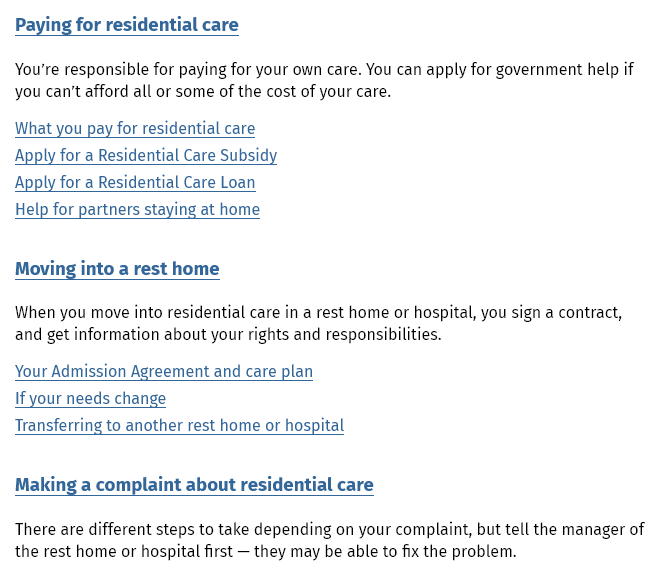
You're responsible for paying for your own care. You can apply for government help if
  you can't afford all or some of the cost of your care.
  What you pay for residential care
  Apply for a Residential Care Subsidy
  Apply for a Residential Care Loan
  Help for partners staying at home
  Moving into a rest home
  When you move into residential care in a rest home or hospital, you sign a contract,
  and get information about your rights and responsibilities.
  Your Admission Agreement and care plan
  If your needs change
  Transferring to another rest home or hospital
  Making  a complaint about residential care
  There are different steps to take depending on your complaint, but tell the manager of
  the rest home or hospital first
     —
     they may be able to fix the problem.